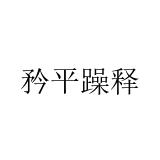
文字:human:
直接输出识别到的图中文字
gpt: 矜平躁释